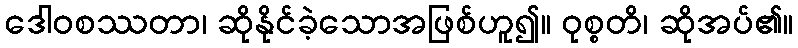
ဒေါဝစဿတာ၊ ဆိုနိုင်ခဲ့သောအဖြစ်ဟူ၍။ ဝုစ္စတိ၊ ဆိုအပ်၏။